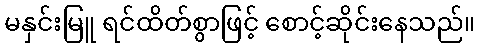
မနှင်းမြူ ရင်ထိတ်စွာဖြင့် စောင့်ဆိုင်းနေသည်။